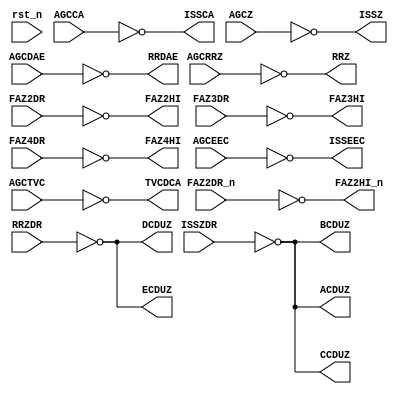
`timescale 1ns / 1ps
`default_nettype none

module mode(
    input wire rst_n,
    input wire FAZ2DR,
    input wire FAZ2DR_n,
    input wire FAZ3DR,
    input wire FAZ4DR,

    input wire AGCCA,
    input wire AGCZ,
    input wire AGCEEC,
    input wire AGCDAE,
    input wire AGCRRZ,
    input wire AGCTVC,

    input wire ISSZDR,
    input wire RRZDR,

    output wire FAZ2HI,
    output wire FAZ2HI_n,
    output wire FAZ3HI,
    output wire FAZ4HI,

    output wire ISSCA,
    output wire ISSZ,
    output wire ISSEEC,
    output wire RRDAE,
    output wire RRZ,
    output wire TVCDCA,

    output wire ACDUZ,
    output wire BCDUZ,
    output wire CCDUZ,
    output wire DCDUZ,
    output wire ECDUZ
);

/*-----------------------------------------------------------------------------.
| Phase buffer circuits                                                        |
'-----------------------------------------------------------------------------*/
`ifdef TARGET_WEB
`define PHASE_DELAY
`else
`define PHASE_DELAY #10
`endif
assign `PHASE_DELAY FAZ2HI = ~FAZ2DR;
assign `PHASE_DELAY FAZ2HI_n = ~FAZ2DR_n;
assign `PHASE_DELAY FAZ3HI = ~FAZ3DR;
assign `PHASE_DELAY FAZ4HI = ~FAZ4DR;

/*-----------------------------------------------------------------------------.
| Moding buffer circuits                                                       |
'-----------------------------------------------------------------------------*/
assign ISSCA = ~AGCCA;
assign ISSZ = ~AGCZ;
assign ISSEEC = ~AGCEEC;
assign RRDAE = ~AGCDAE;
assign RRZ = ~AGCRRZ;
assign ACDUZ = ~ISSZDR;
assign BCDUZ = ~ISSZDR;
assign CCDUZ = ~ISSZDR;
assign DCDUZ = ~RRZDR;
assign ECDUZ = ~RRZDR;
assign TVCDCA = ~AGCTVC;

endmodule
`default_nettype wire